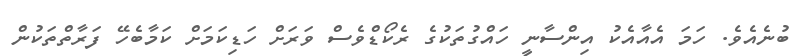
ބުނެއެވެ. ހަމަ އެއާއެކު އިންސާނީ ހައްގުތަކުގެ ރެކޯޑްވެސް ވަރަށް ހަޑިކަމަށް ކަމާބެހޭ ފަރާތްތަކުން